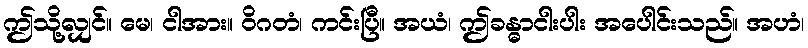
ဤသို့လျှင်။ မေ၊ ငါအား။ ဝိဂတံ၊ ကင်းပြီ။ အယံ၊ ဤခန္ဓာငါးပါး အပေါင်းသည်။ အဟံ၊